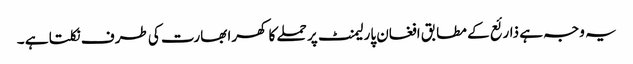
یہ وجہ ہے ذارئع کے مطابق افغان پارلیمنٹ پر حملے کا کھرا بھارت کی طرف نکلتا ہے ۔